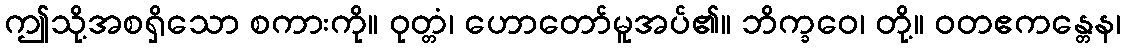
ဤသို့အစရှိသော စကားကို။ ဝုတ္တံ၊ ဟောတော်မူအပ်၏။ ဘိက္ခဝေ၊ တို့။ ဝတဧကန္တေန၊